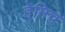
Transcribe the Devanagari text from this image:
हेमिच